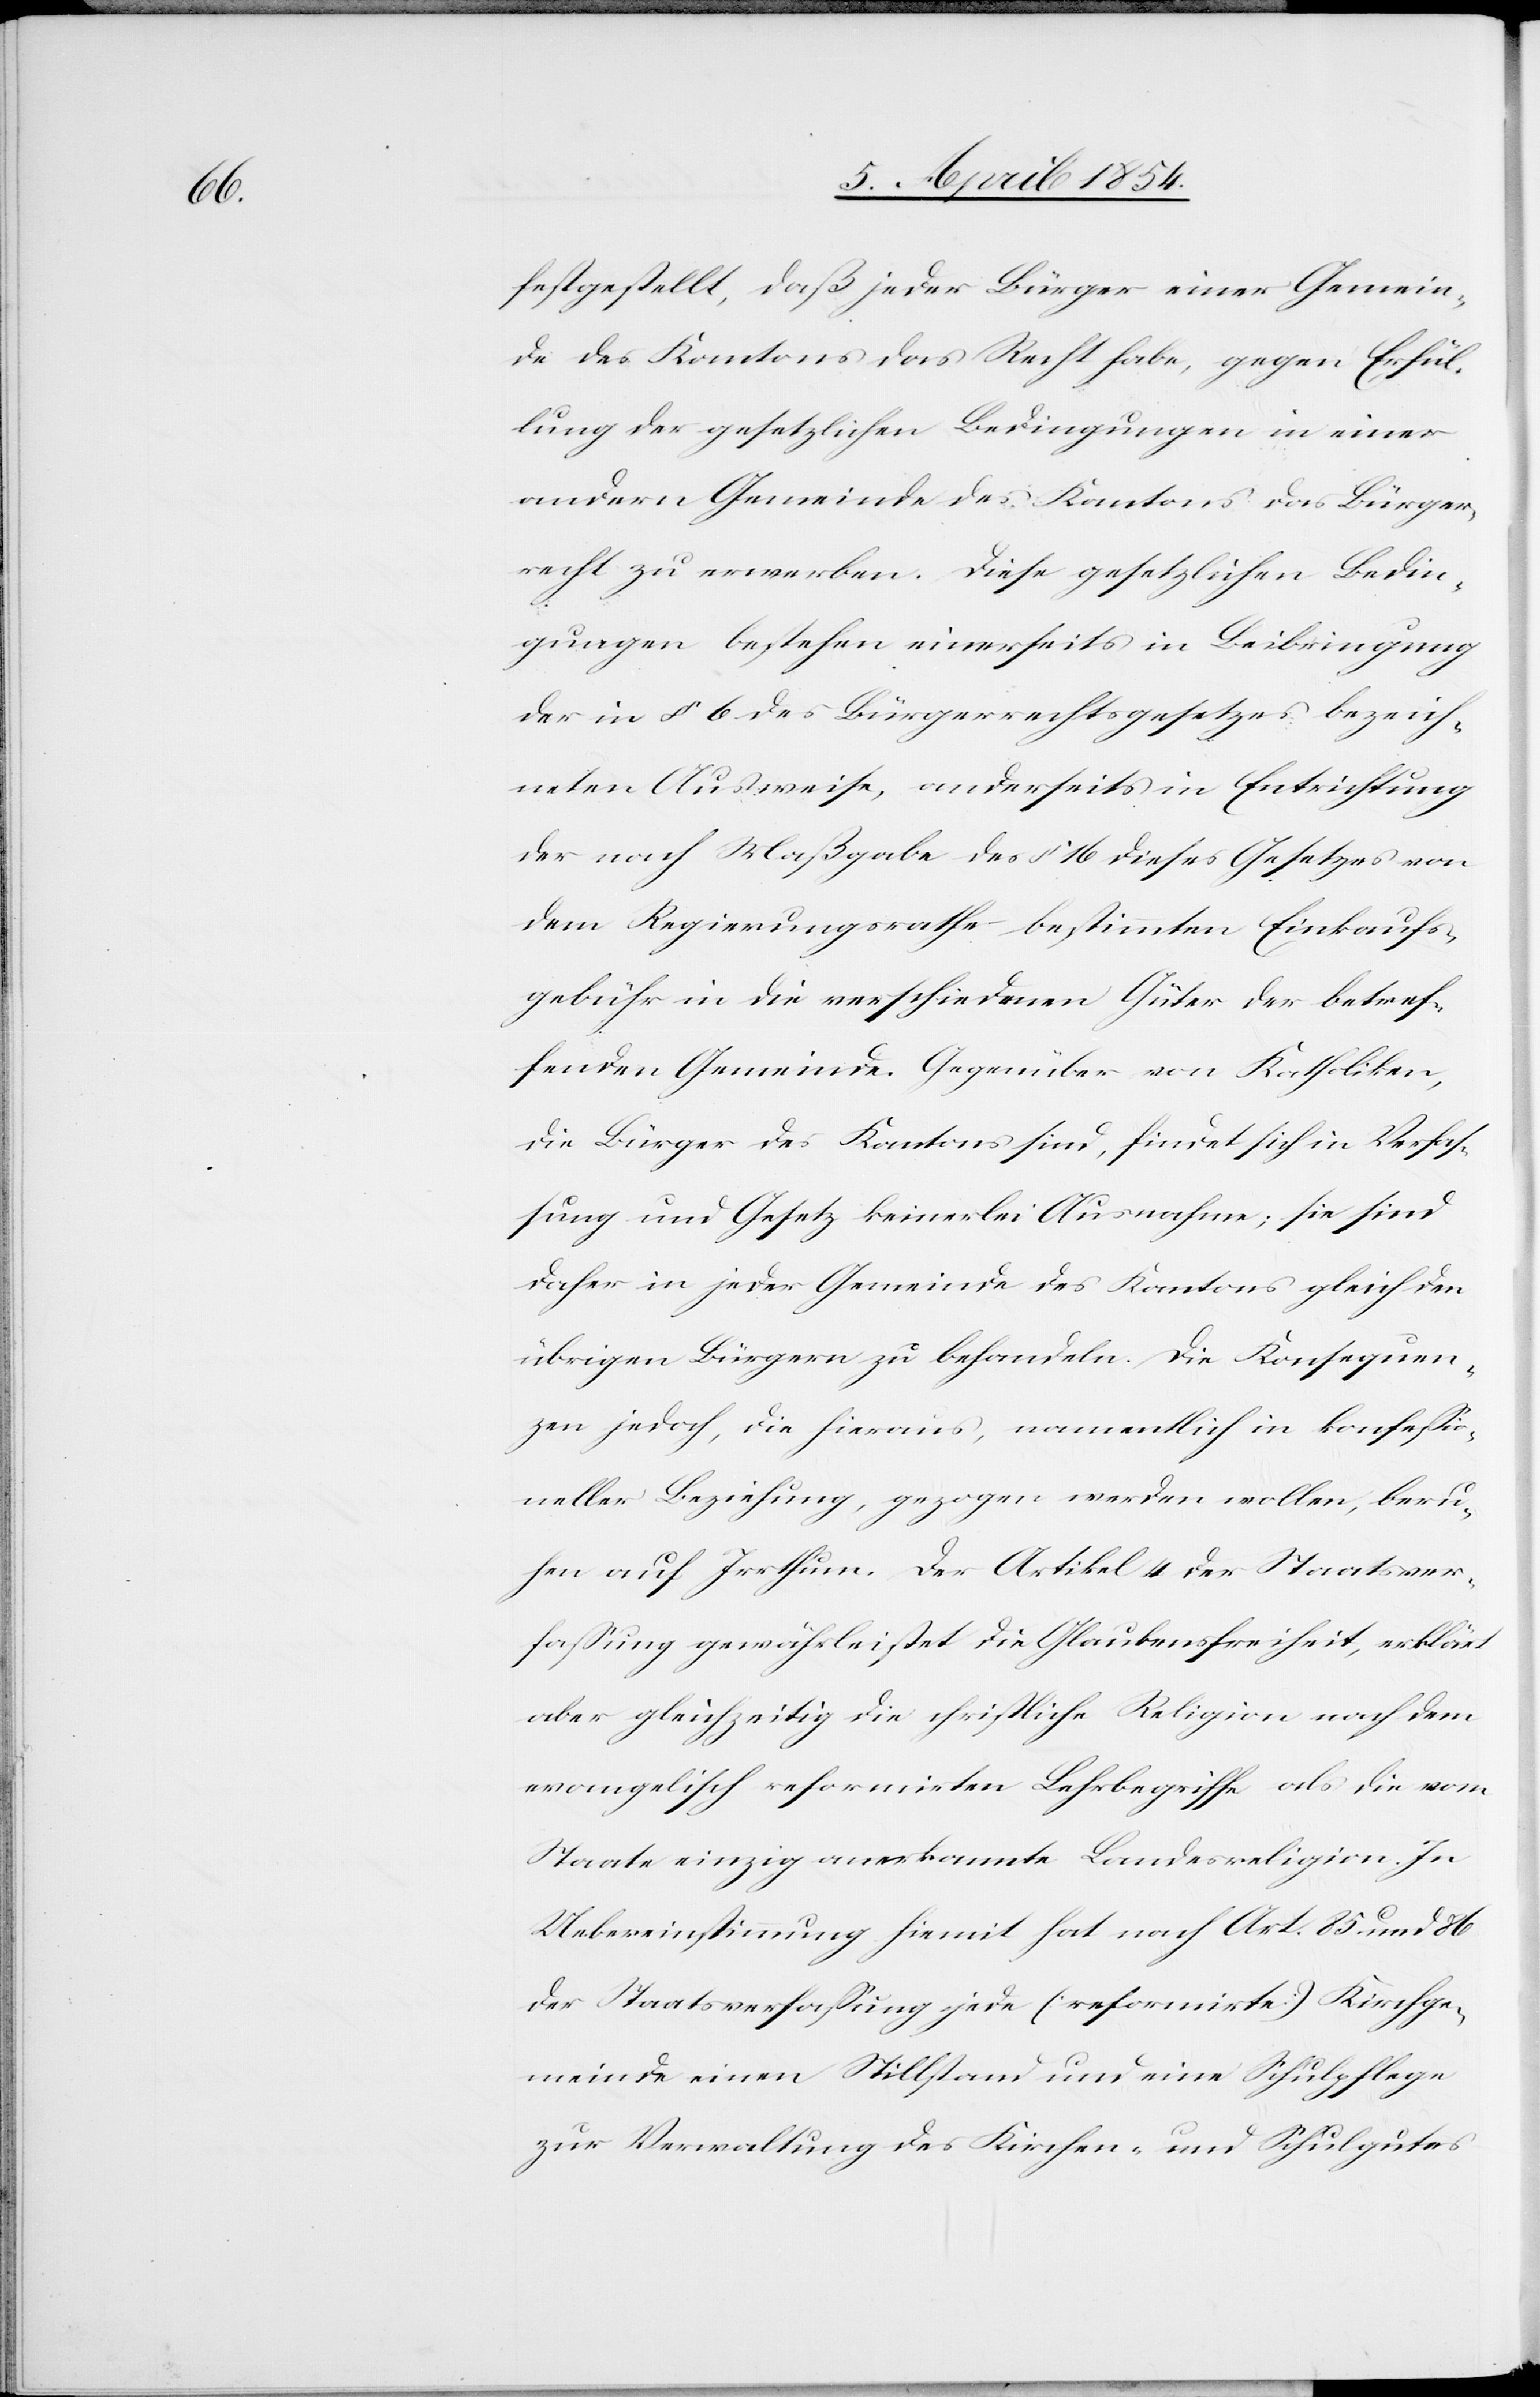
festgestellt, daß jeder Bürger einer Gemein¬
de des Kantons das Recht habe, gegen Erfül¬
lung der gesetzlichen Bedingungen in einer
andern Gemeinde des Kantons das Bürger¬
echt zu erwerben. Diese gesetzlichen Bedin¬
gungen bestehen einerseits in Beibringung
der in § 6 des Bürgerrechtsgesetzes bezeich¬
neten Ausweise, anderseits in Entrichtung
der nach Maßgabe des § 16 dieses Gesetzes von
dem Regierungsrathe bestimmten Einkaufs¬
gebühr in die verschiedenen Güter der betref¬
fenden Gemeinde. Gegenüber von Katholiken,
die Bürger des Kantons sind, findet sich in Verfaß¬
ung und Gesetz keinerlei Ausnahme; sie sind
daher in jeder Gemeinde des Kantons gleich den
übrigen Bürgern zu behandeln. Die Konsequen¬
zen jedoch, die hieraus, namentlich in konfeßio¬
neller Beziehung, gezogen werden sollen, beru¬
hen auf Irrthum. Der Artikel 4 der Staatsver¬
faßung gewährleistet die Glaubensfreiheit, erklärt
aber gleichzeitig die christliche Religion nach dem
evangelisch reformirten Lehrbegriffe als die vom
Staate einzig anerkannte Landesreligion. In
Uebereinstimmung hiemit hat nach Art. 85 und 86
der Staatsverfaßung jede (reformirte) Kirchge¬
meinde einen Stillstand und eine Schulpflege
zur Verwaltung des Kirchen- und Schulgutes